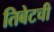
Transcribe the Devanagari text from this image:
तिबेटची